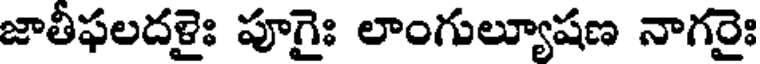
జాతీఫలదళైః పూగైః లాంగుల్యూషణ నాగరైః